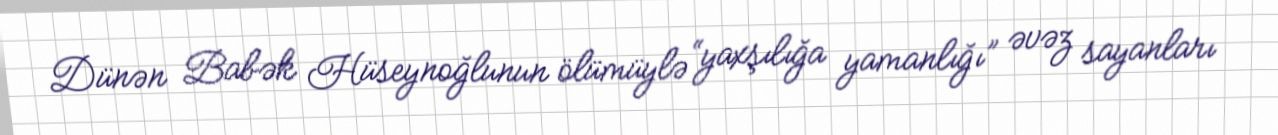
Dünən Babək Hüseynoğlunun ölümüylə “yaxşılığa yamanlığı” əvəz sayanları